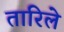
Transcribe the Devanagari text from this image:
तारिले